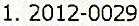
1. 2012-0029